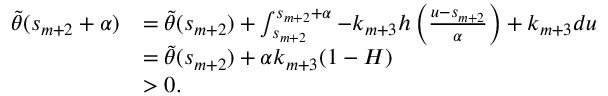
\begin{array} { r l } { \tilde { \theta } ( s _ { m + 2 } + \alpha ) } & { = \tilde { \theta } ( s _ { m + 2 } ) + \int _ { s _ { m + 2 } } ^ { s _ { m + 2 } + \alpha } - k _ { m + 3 } h \left( \frac { u - s _ { m + 2 } } { \alpha } \right) + k _ { m + 3 } d u } \\ & { = \tilde { \theta } ( s _ { m + 2 } ) + \alpha k _ { m + 3 } ( 1 - H ) } \\ & { > 0 . } \end{array}